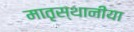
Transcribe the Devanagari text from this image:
मातृस्थानीया